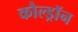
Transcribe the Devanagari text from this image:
कौल्ड्रॉन